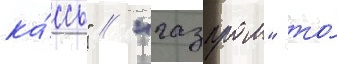
ка́ссы" // "газпром" то́